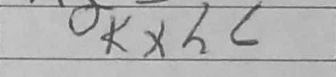
Transcription: Kxh6